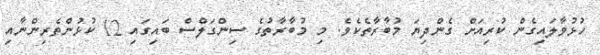
ހުޅުވާލައިގެން ކުރިއަށް ގެންދިޔަ މުބާރާތެކެވެ. މި މުބާރާތުގެ ސިންގަލްސް ބައިގައި 12 ކުޅުންތެރިންނާއި